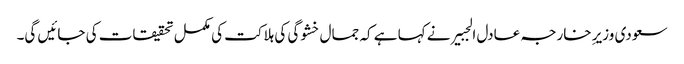
سعودی وزیرِ خارجہ عادل الجبیر نے کہا ہے کہ جمال خشوگی کی ہلاکت کی مکمل تحقیقات کی جائیں گی۔